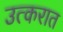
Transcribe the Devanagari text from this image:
उत्करात